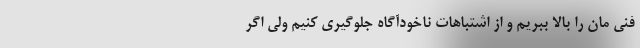
فنی مان را بالا ببریم و از اشتباهات ناخودآگاه جلوگیری کنیم ولی اگر